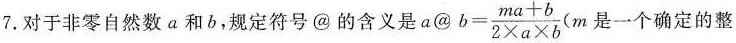
7.对于非零自然数a和b，规定符号@的含义是$$a@b= \frac{ma+b}{2 \times a \times b}$$(m 是一个确定的整